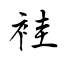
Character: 袿